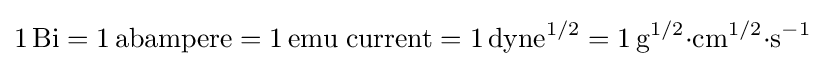
\mathrm {1\,Bi=1\,abampere=1\,emu\;current=1\,dyne^{1/2}=1\,g^{1/2}{\cdot }cm^{1/2}{\cdot }s^{-1}}